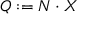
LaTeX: Q : = N \cdot X